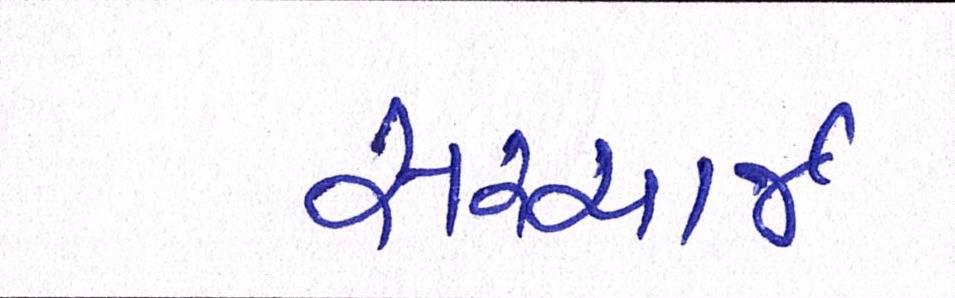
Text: સરચાર્જ